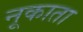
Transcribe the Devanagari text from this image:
नूकाता